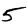
Digit: 5